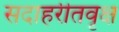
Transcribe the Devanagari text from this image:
सदाहरीतवृक्ष